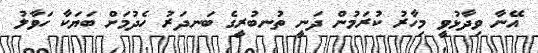
އޭނާ ވިދާޅުވީ މިހާރު ކުރަމުން ދަނީ ތުނބުރީގެ ބަނދަރު ހެދުމަށް ބަޔަކާ ހަވާލު